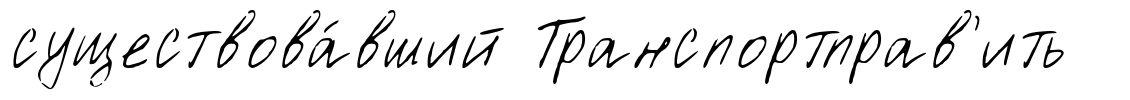
существова́вший Транспортправ'ить